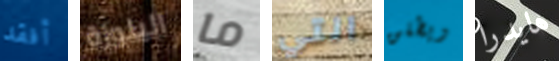
أفقد البلوزة ما التي ويطلق هايدرا